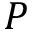
P